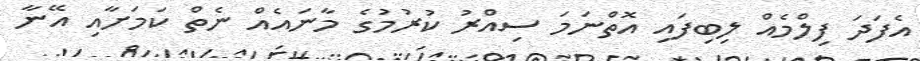
އެފަދަ ފިލްމެއް ލިބިފައި އޮތްނަމަ ސިއްރު ކުރުމުގެ މާނައެއް ނެތް ކަމަށާއި އޭނާ